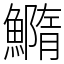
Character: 䲊